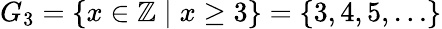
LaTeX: G_{3}=\{ x\in\mathbb{Z}\mid x\geq 3\} =\{ 3,4,5,\ldots\}